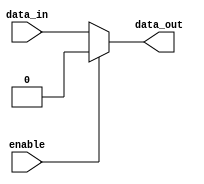
module ActiveLowBuffer(
    input wire data_in,
    input wire enable,
    output reg data_out
);

always @(*)
begin
    if(enable == 1'b0) // enable signal is low
        data_out = data_in;
    else
        data_out = 1'b0; // output forced to logic low
end

endmodule